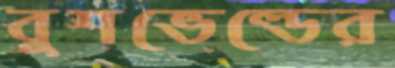
বুশভেল্ডের